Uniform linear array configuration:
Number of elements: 4
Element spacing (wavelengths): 0.5
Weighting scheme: blackman
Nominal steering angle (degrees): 15
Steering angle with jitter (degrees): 16.403
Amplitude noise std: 0.05
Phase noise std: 0.05

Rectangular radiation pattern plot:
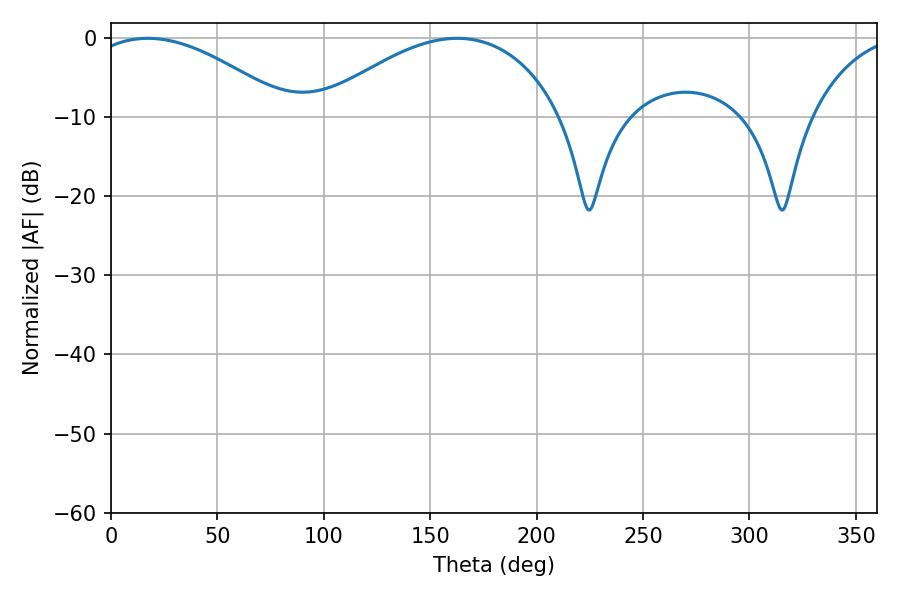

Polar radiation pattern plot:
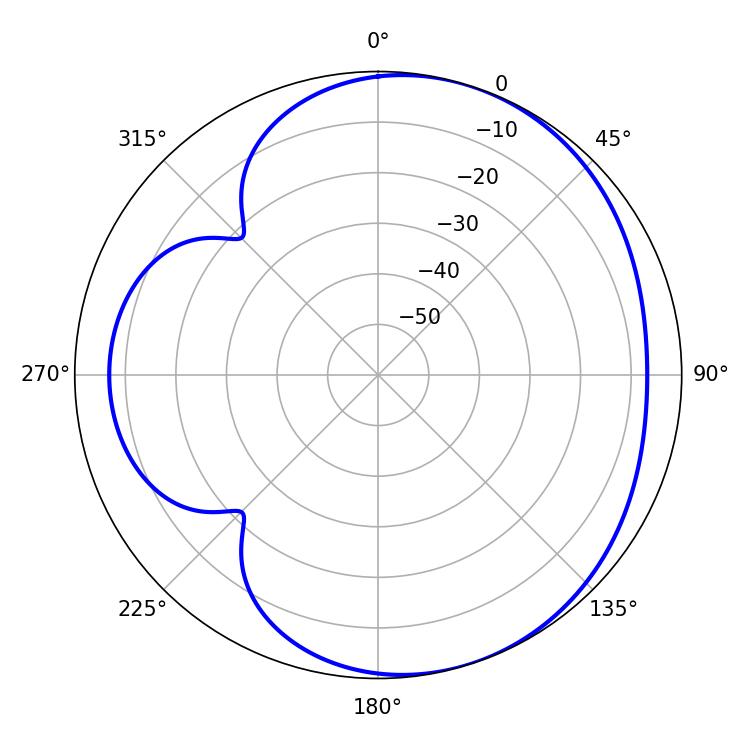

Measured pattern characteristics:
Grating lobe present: FALSE
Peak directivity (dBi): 4.472
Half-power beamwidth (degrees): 52.92
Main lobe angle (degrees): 17.28